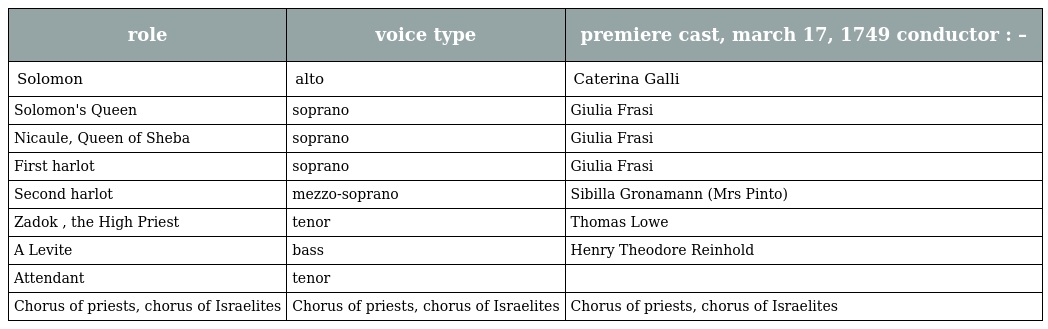
| role | voice type | premiere cast, march 17, 1749 conductor : – |
 | --- | --- | --- |
 | Solomon | alto | Caterina Galli |
 | Solomon's Queen | soprano | Giulia Frasi |
 | Nicaule, Queen of Sheba | soprano | Giulia Frasi |
 | First harlot | soprano | Giulia Frasi |
 | Second harlot | mezzo-soprano | Sibilla Gronamann (Mrs Pinto) |
 | Zadok , the High Priest | tenor | Thomas Lowe |
 | A Levite | bass | Henry Theodore Reinhold |
 | Attendant | tenor |  |
 | Chorus of priests, chorus of Israelites | Chorus of priests, chorus of Israelites | Chorus of priests, chorus of Israelites |